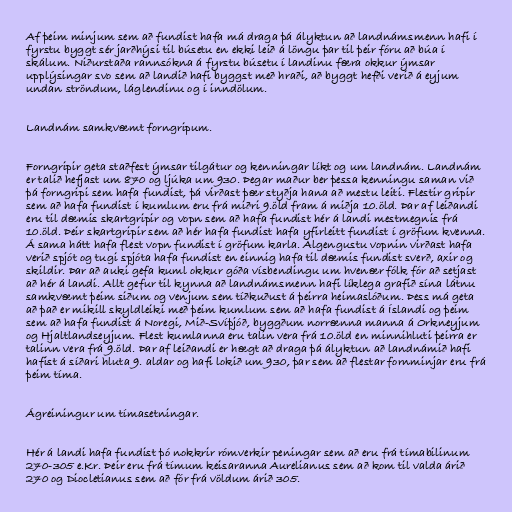
Af þeim minjum sem að fundist hafa má draga þá ályktun að landnámsmenn hafi í
fyrstu byggt sér jarðhýsi til búsetu en ekki leið á löngu þar til þeir fóru að búa í
skálum. Niðurstaða rannsókna á fyrstu búsetu í landinu færa okkur ýmsar
upplýsingar svo sem að landið hafi byggst með hraði, að byggt hefði verið á eyjum
undan ströndum, láglendinu og í inndölum.

Landnám samkvæmt forngripum.

Forngripir geta staðfest ýmsar tilgátur og kenningar líkt og um landnám. Landnám
er talið hefjast um 870 og ljúka um 930. Þegar maður ber þessa kenningu saman við
þá forngripi sem hafa fundist, þá virðast þær styðja hana að mestu leiti. Flestir gripir
sem að hafa fundist í kumlum eru frá miðri 9.öld fram á miðja 10.öld. Þar af leiðandi
eru til dæmis skartgripir og vopn sem að hafa fundist hér á landi mestmegnis frá
10.öld. Þeir skartgripir sem að hér hafa fundist hafa yfirleitt fundist í gröfum kvenna.
Á sama hátt hafa flest vopn fundist í gröfum karla. Algengustu vopnin virðast hafa
verið spjót og tugi spjóta hafa fundist en einnig hafa til dæmis fundist sverð, axir og
skildir. Þar að auki gefa kuml okkur góða vísbendingu um hvenær fólk fór að setjast
að hér á landi. Allt gefur til kynna að landnámsmenn hafi líklega grafið sína látnu
samkvæmt þeim siðum og venjum sem tíðkuðust á þeirra heimaslóðum. Þess má geta
að það er mikill skyldleiki með þeim kumlum sem að hafa fundist á Íslandi og þeim
sem að hafa fundist á Noregi, Mið-Svíþjóð, byggðum norrænna manna á Orkneyjum
og Hjaltlandseyjum. Flest kumlanna eru talin vera frá 10.öld en minnihluti þeirra er
talinn vera frá 9.öld. Þar af leiðandi er hægt að draga þá ályktun að landnámið hafi
hafist á síðari hluta 9. aldar og hafi lokið um 930, þar sem að flestar fornminjar eru frá
þeim tíma.

Ágreiningur um tímasetningar.

Hér á landi hafa fundist þó nokkrir rómverkir peningar sem að eru frá tímabilinum
270-305 e.Kr. Þeir eru frá tímum keisaranna Aurelianus sem að kom til valda árið
270 og Diocletianus sem að fór frá völdum árið 305.